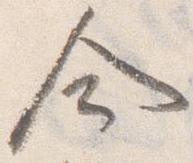
命